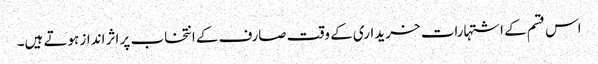
اس قسم کے اشتہارات خریداری کے وقت صارف کے انتخاب پر اثر انداز ہوتے ہیں۔